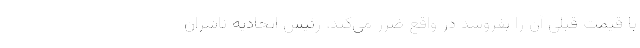
با قیمت قبلی آن را بفروشد در واقع ضرر می‌کند. رئیس اتحادیه ناشران